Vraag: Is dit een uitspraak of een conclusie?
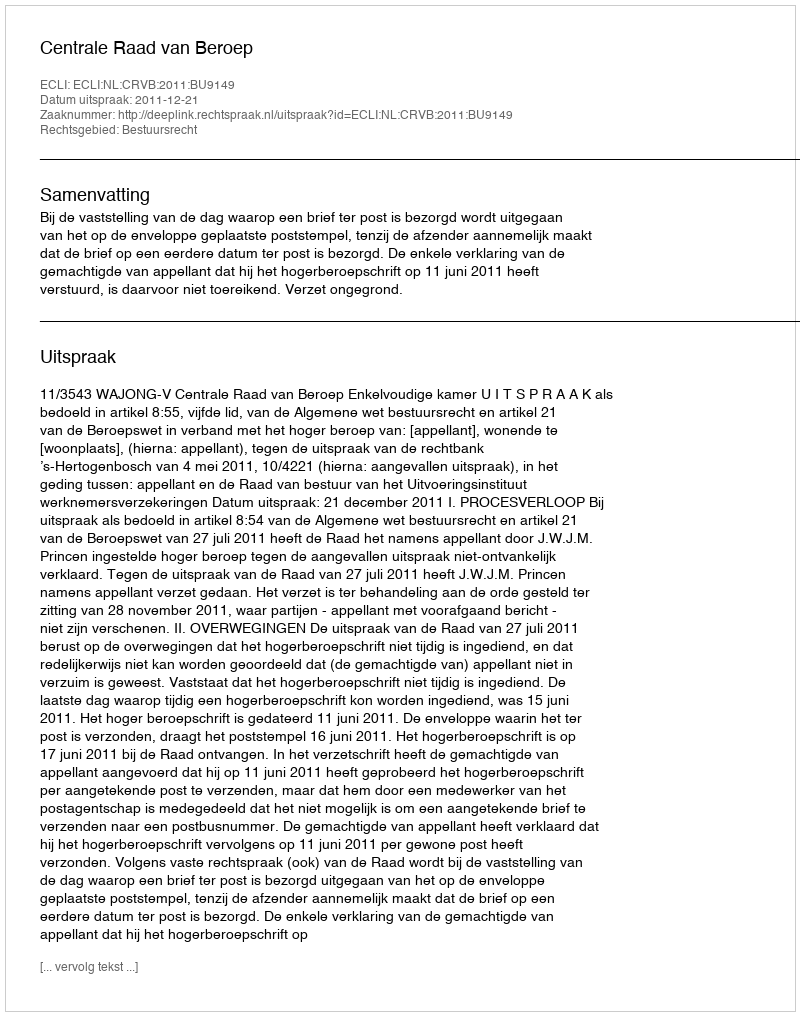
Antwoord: Uitspraak